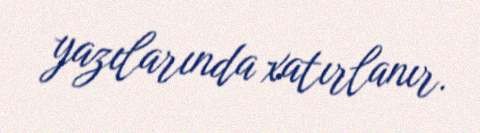
yazılarında xatırlanır.